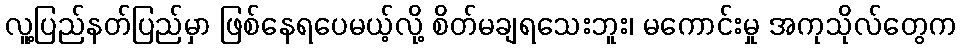
လူ့ပြည်နတ်ပြည်မှာ ဖြစ်နေရပေမယ့်လို့ စိတ်မချရသေးဘူး၊ မကောင်းမှု အကုသိုလ်တွေက